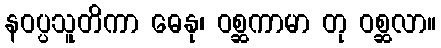
နဝပ္ပသူတိကာ ဓေနု၊ ဝစ္ဆကာမာ တု ဝစ္ဆလာ။